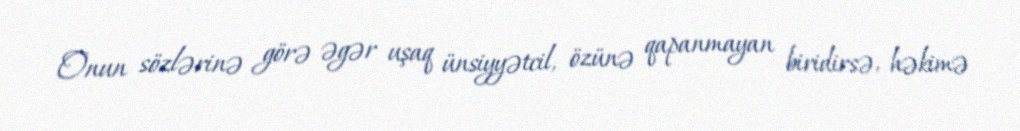
Onun sözlərinə görə əgər uşaq ünsiyyətcil, özünə qapanmayan biridirsə, həkimə